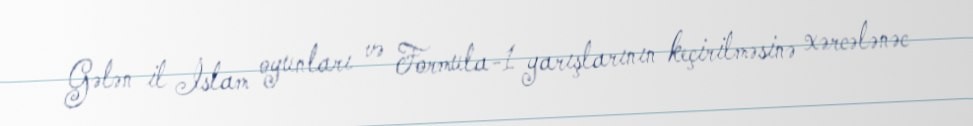
Gələn il İslam oyunları və Formula-1 yarışlarının keçirilməsinə xərcələnəc